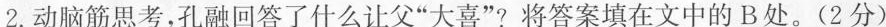
2.动脑筋思考，孔融回答了什么让父”大喜”?将答案填在文中的B处。(2分)